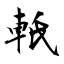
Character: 軝